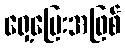
ရှေ့ပြေးအဖြစ်